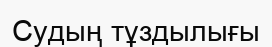
Судың тұздылығы